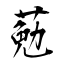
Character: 葂